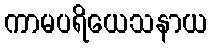
ကာမပရိယေသနာယ